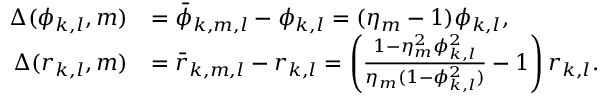
\begin{array} { r l } { \Delta ( \phi _ { k , l } , m ) } & { = \bar { \phi } _ { k , m , l } - \phi _ { k , l } = ( \eta _ { m } - 1 ) \phi _ { k , l } , } \\ { \Delta ( r _ { k , l } , m ) } & { = \bar { r } _ { k , m , l } - r _ { k , l } = \left( \frac { 1 - \eta _ { m } ^ { 2 } \phi _ { k , l } ^ { 2 } } { \eta _ { m } ( 1 - \phi _ { k , l } ^ { 2 } ) } - 1 \right) r _ { k , l } . } \end{array}